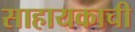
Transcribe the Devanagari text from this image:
साहायकाची